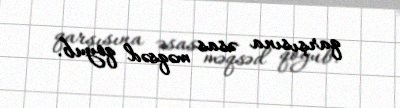
qarşısına əsas məqsəd qoyub.